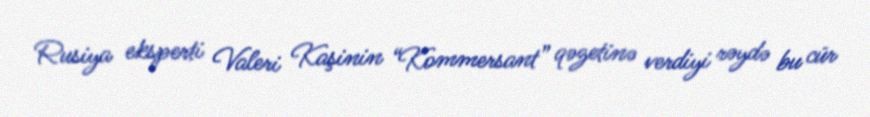
Rusiya eksperti Valeri Kaşinin “Kommersant” qəzetinə verdiyi rəydə bu cür